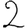
Digit: 2